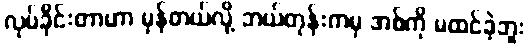
လုပ်ခိုင်းတာဟာ မှန်တယ်လို့ ဘယ်တုန်းကမှ အစ်ကို မထင်ခဲ့ဘူး